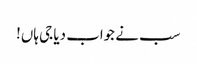
سب نے جواب دیا جی ہاں!